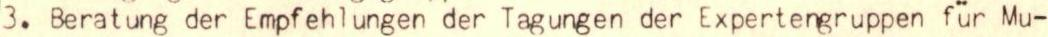
3. Beratung der Empfehlungen der Tagungen der Expertengruppen für Mu-